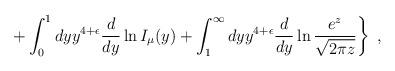
LaTeX: \begin{align*}\left. + \int_0^1 dy y^{4+\epsilon} {d\over dy} \ln I_\mu (y) + \int_1^\infty dy y^{4+\epsilon} {d\over dy} \ln {e^{z} \over \sqrt{2 \pi z}}\right\}~,\end{align*}